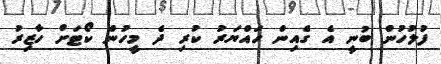
ފުލުހުން ބުނީ އެ ގެއިން ހައްޔަރު ކުރި ދެ މީހުން ކޯޓަށް ހާޒިރު